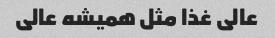
عالی غذا مثل همیشه عالی